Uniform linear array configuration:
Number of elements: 32
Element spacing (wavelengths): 0.75
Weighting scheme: exponential
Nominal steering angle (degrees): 0
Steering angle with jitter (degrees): -1.025
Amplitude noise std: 0.05
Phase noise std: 0.05

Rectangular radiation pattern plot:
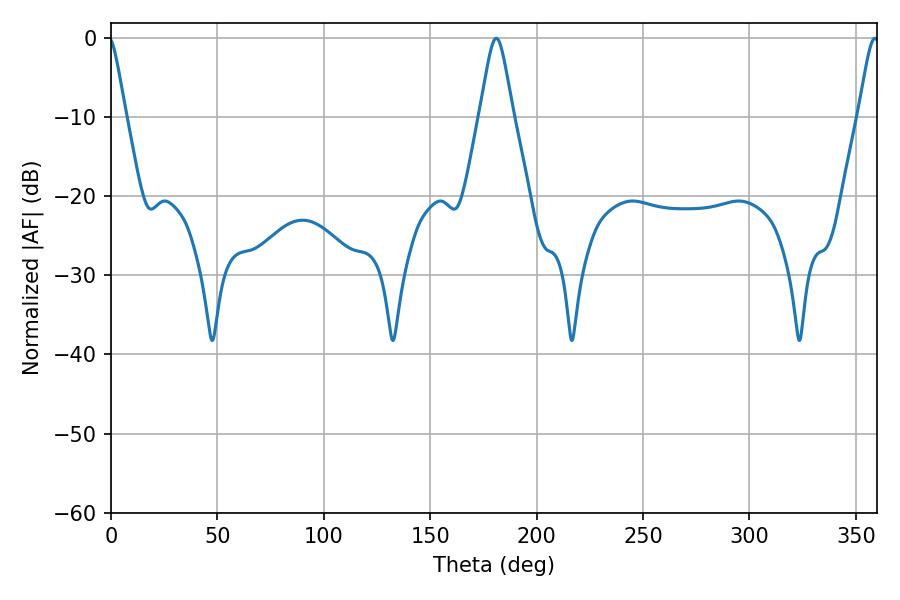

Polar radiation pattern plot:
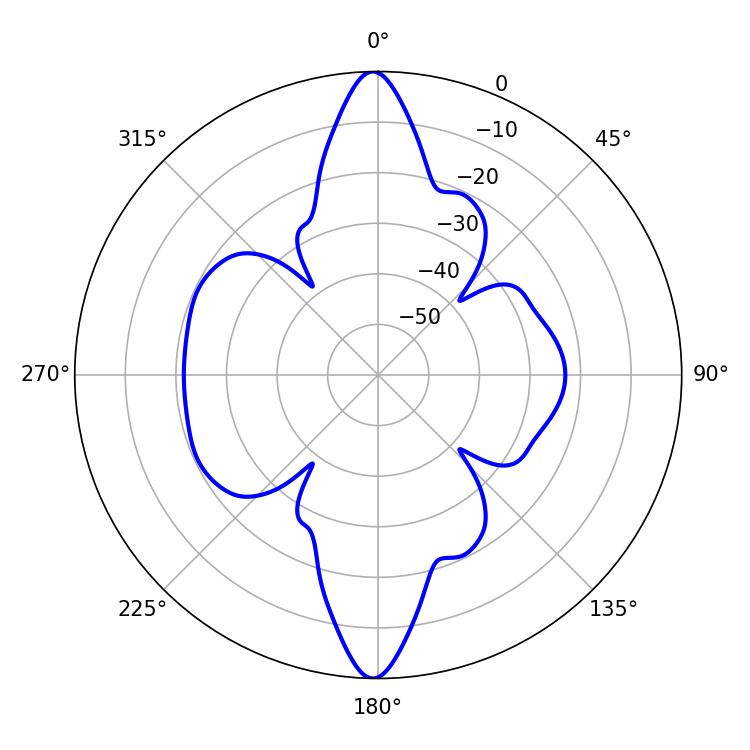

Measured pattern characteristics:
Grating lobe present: TRUE
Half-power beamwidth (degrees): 7.56
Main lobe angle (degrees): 181.08